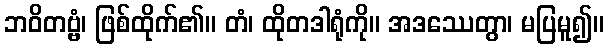
ဘဝိတဗ္ဗံ၊ ဖြစ်ထိုက်၏။ တံ၊ ထိုတဒါရုံကို။ အဒဿေတွာ၊ မပြမူ၍။